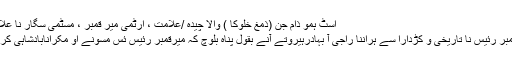
اسٹ ہمو ذام جن (ذمغ خلوکا ) والا چیدہ /علامت ، ارٹمی میر قمبر ، مسٹمی سگار نا علامت :
میر قمبر رئیس نا تاریخی و کڑدارا سے ہراننا راجی آ بہادرہیروتے آنے بقولِ پناہ بلوچ کہ میرقمبر رئیس ئس مسونے او مکرانابادشاہی کرینے ۔